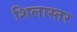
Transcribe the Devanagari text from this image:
शिलास्तर